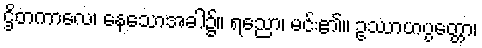
ဌိတကာလေ၊ နေသောအခါ၌။ ရညော၊ မင်း၏။ ဥဿာဟပ္ပတ္တော၊